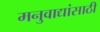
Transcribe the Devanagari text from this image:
मनुवाद्यांसाठी